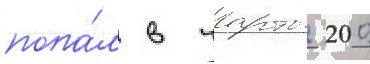
попа́л в чарты 200